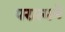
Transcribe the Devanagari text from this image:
परात्मने